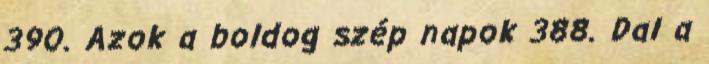
390. Azok a boldog szép napok 388. Dal a